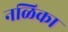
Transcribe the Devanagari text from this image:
नळिका